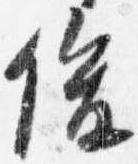
俊